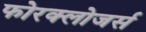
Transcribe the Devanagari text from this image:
फोरक्लोजर्स